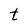
Character: t